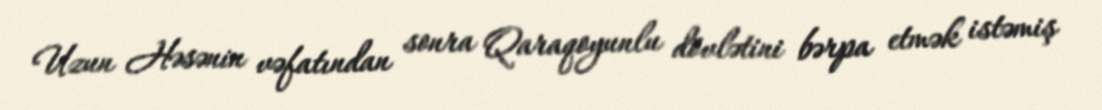
Uzun Həsənin vəfatından sonra Qaraqoyunlu dövlətini bərpa etmək istəmiş